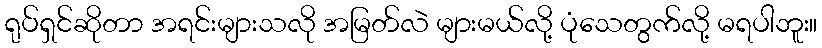
ရုပ်ရှင်ဆိုတာ အရင်းများသလို အမြတ်လဲ များမယ်လို့ ပုံသေတွက်လို့ မရပါဘူး။